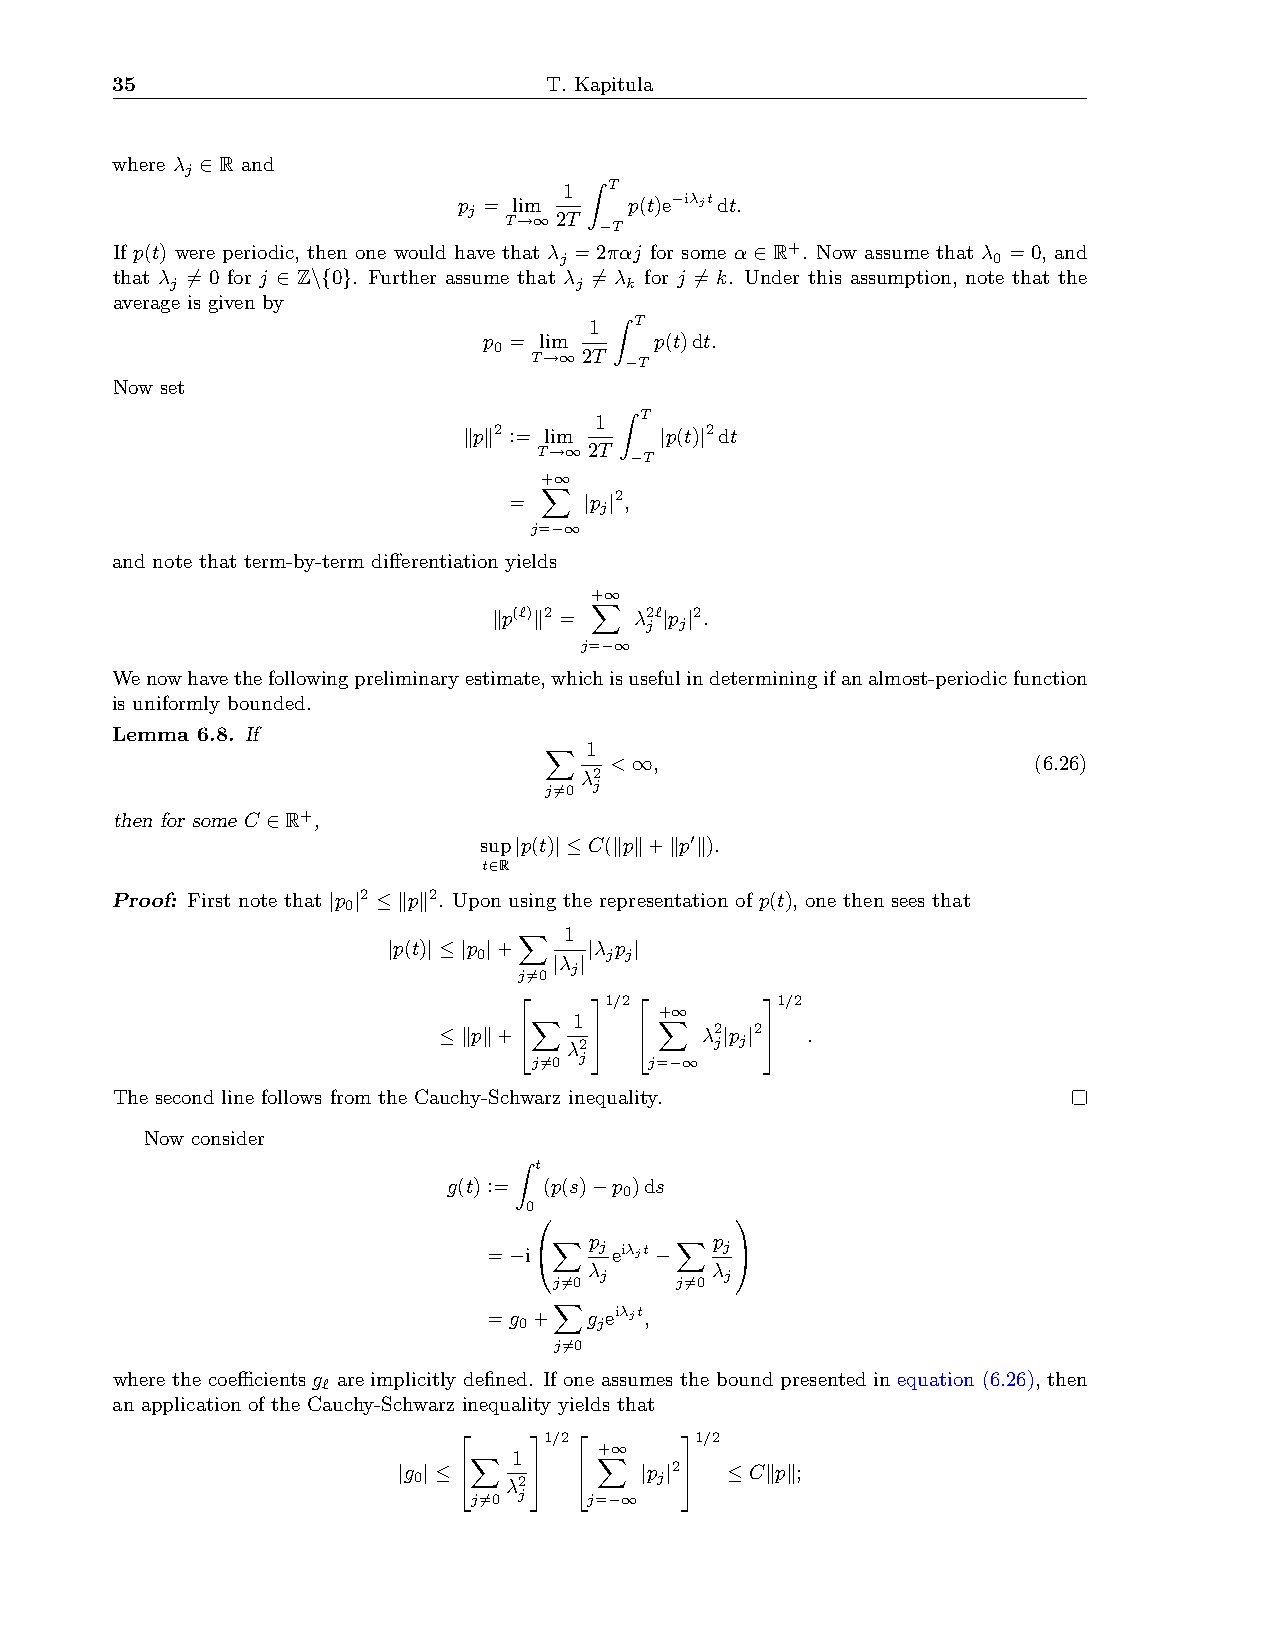
35                           T. Kapitula
 where λ ∈R and
 j
 1 Z T
 p = lim     p(t)e−iλjtdt.
 j T→∞2T
 −T
 If p(t) were periodic, then one would have that λ =2παj for some α∈R+. Now assume that λ =0, and
 j                            0
 that λ 6= 0 for j ∈ Z\{0}. Further assume that λ 6= λ for j 6= k. Under this assumption, note that the
 j                          j  k
 average is given by
 1 Z T
 p = lim    p(t)dt.
 0 T→∞2T
 −T
 Now set
 1 Z T
 kpk2 := lim  |p(t)|2dt
 T→∞2T
 −T
 +∞
 X
 =    |p |2,
 j
 j=−∞
 and note that term-by-term differentiation yields
 +∞
 X
 kp(‘)k2 = λ2‘|p |2.
 j j
 j=−∞
 Wenowhavethefollowingpreliminaryestimate,whichisusefulindeterminingifanalmost-periodicfunction
 is uniformly bounded.
 Lemma 6.8. If
 X  1
 <∞,                         (6.26)
 λ2
 j6=0 j
 then for some C ∈R+,
 sup|p(t)|≤C(kpk+kp0k).
 t∈R
 Proof: First note that |p |2 ≤kpk2. Upon using the representation of p(t), one then sees that
 0
 X  1
 |p(t)|≤|p |+ |λ p |
 0    |λ | j j
 j
 j6=0
     1/2       1/2
 +∞
 X  1     X
 ≤kpk+   λ2    λ2 j|p j|2  .
 j6=0 j  j=−∞
 The second line follows from the Cauchy-Schwarz inequality.
 Now consider
 Z t
 g(t):= (p(s)−p )ds
 0
 0
              
 =−iX  p jeiλjt−X p j
 
 λ       λ
 j       j
 j6=0    j6=0
 X
 =g +   g eiλjt,
 0     j
 j6=0
 where the coefficients g are implicitly defined. If one assumes the bound presented in equation (6.26), then
 ‘
 an application of the Cauchy-Schwarz inequality yields that
     1/2     1/2
 +∞
 X  1     X
 |g 0|≤ λ2    |p j|2  ≤Ckpk;
 j6=0 j  j=−∞